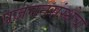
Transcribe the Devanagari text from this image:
प्रजननसंस्थेचा